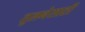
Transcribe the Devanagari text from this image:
तुलनेसाठी